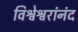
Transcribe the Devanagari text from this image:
विश्वेश्वरांनंद